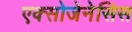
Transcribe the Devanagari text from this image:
एक्सोजेनेसिस